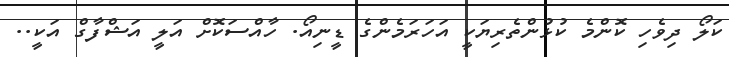
ކަލޯ ދިވެހި ކޮންމެ ކުޅުންތެރިޔަކީ އަހަރަމެންގެ ޑީނިއޯ. ހާއްސަކޮށް އަލީ އަޝްފާގް އަކީ..